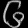
Digit: ၆